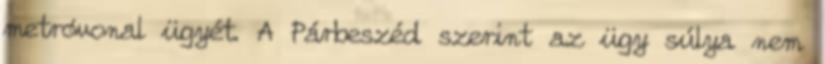
metróvonal ügyét. A Párbeszéd szerint az ügy súlya nem